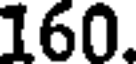
160.